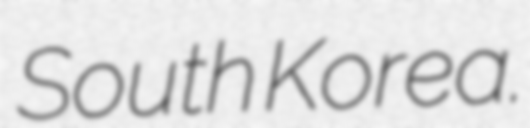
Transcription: South Korea.